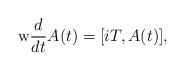
LaTeX: \begin{align*}\mathrm{w}\frac{d}{dt}A(t)=[iT,A(t)],\end{align*}